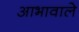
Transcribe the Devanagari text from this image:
आभावाले